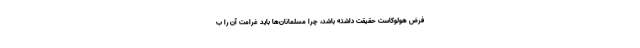
فرض هولوکاست حقیقت داشته باشد، چرا مسلمانان‌ها باید غرامت آن را ب